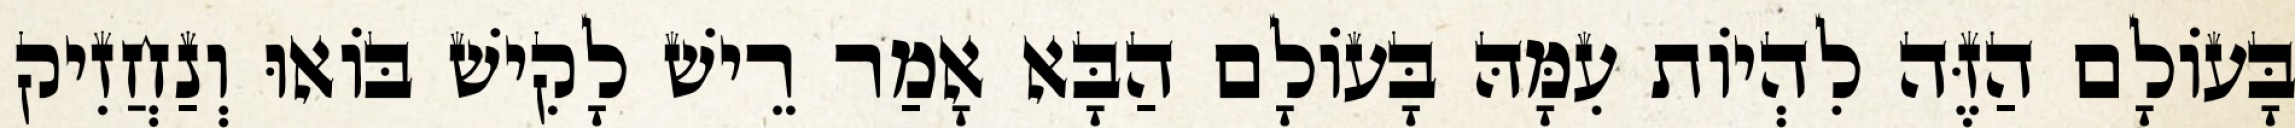
בָּעוֹלָם הַזֶּה לִהְיוֹת עִמָּהּ בָּעוֹלָם הַבָּא אָמַר רֵישׁ לָקִישׁ בּוֹאוּ וְנַחֲזִיק